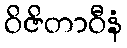
ဝိဇိတာဝီနံ